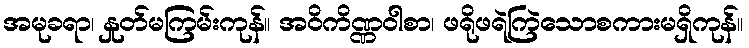
အမုခရာ၊ နှုတ်မကြမ်းကုန်။ အဝိကိဏ္ဏဝါစာ၊ ဖရိုဖရဲကြဲသောစကားမရှိကုန်။